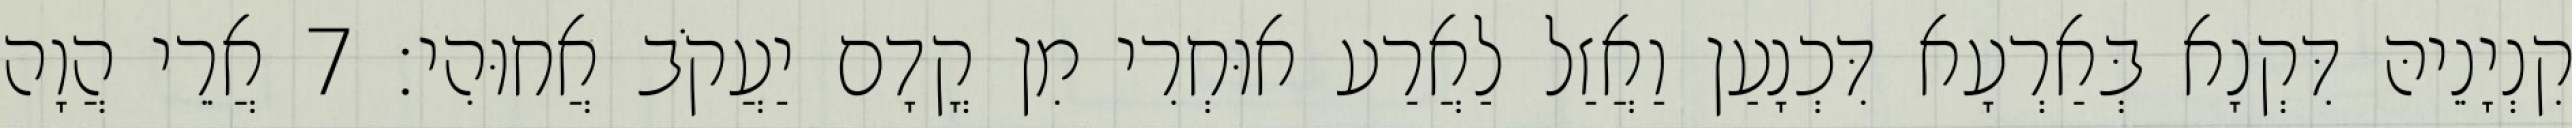
קִנְיָנֵיהּ דִּקְנָא בְּאַרְעָא דִּכְנָעַן וַאֲזַל לַאֲרַע אוּחְרִי מִן קֳדָם יַעֲקֹב אֲחוּהִי׃ 7 אֲרֵי הֲוָה